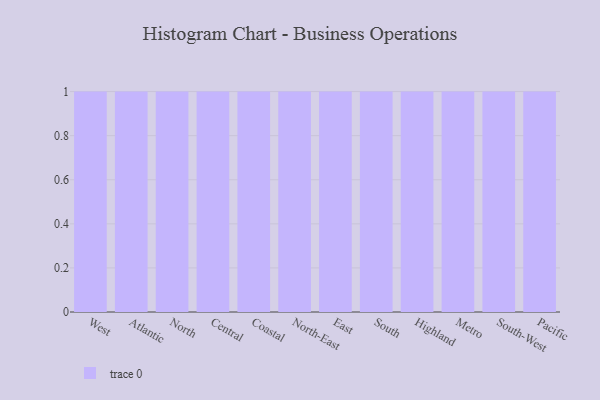
{"axis": {"x": "Region", "y": "Conversion Rate (%)"}, "legend": [""], "data": [{"x": "West", "y": 94, "type": ""}, {"x": "Atlantic", "y": 32, "type": ""}, {"x": "North", "y": 96, "type": ""}, {"x": "Central", "y": 59, "type": ""}, {"x": "Coastal", "y": 24, "type": ""}, {"x": "North-East", "y": 66, "type": ""}, {"x": "East", "y": 91, "type": ""}, {"x": "South", "y": 33, "type": ""}, {"x": "Highland", "y": 94, "type": ""}, {"x": "Metro", "y": 14, "type": ""}, {"x": "South-West", "y": 96, "type": ""}, {"x": "Pacific", "y": 75, "type": ""}]}